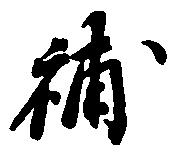
補